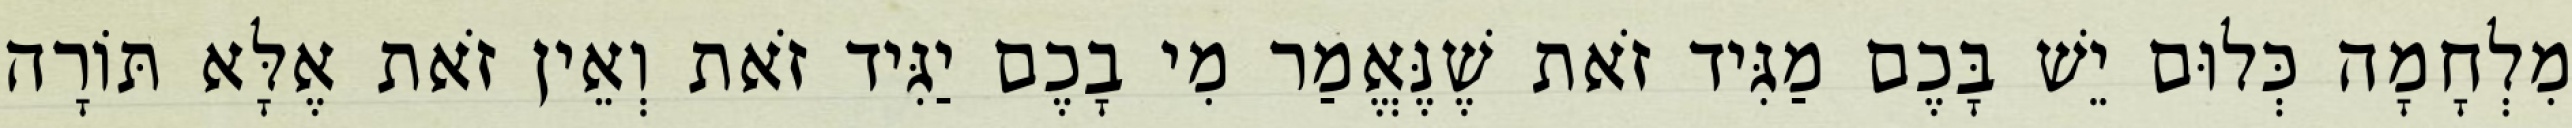
מִלְחָמָה כְּלוּם יֵשׁ בָּכֶם מַגִּיד זֹאת שֶׁנֶּאֱמַר מִי בָכֶם יַגִּיד זֹאת וְאֵין זֹאת אֶלָּא תּוֹרָה